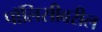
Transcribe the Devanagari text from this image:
पॉलिसीवरील